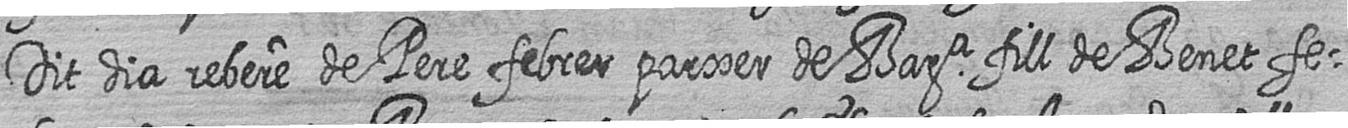
Dit dia rebere de Pere febrer parxer de Bara fill de Benet Fe=